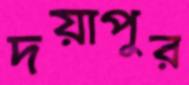
দয়াপুর